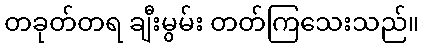
တခုတ်တရ ချီးမွမ်း တတ်ကြသေးသည်။